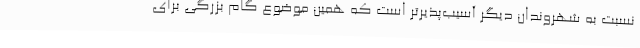
نسبت به شهروندان دیگر آسیب‌پذیرتر است که همین موضوع گام بزرگی برای